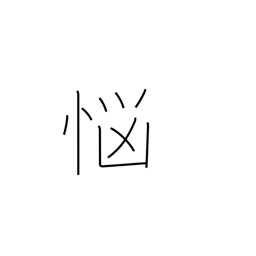
Meaning: distress